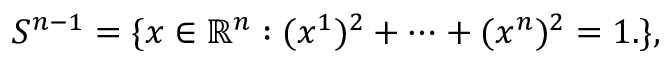
S ^ { n - 1 } = \{ x \in \mathbb { R } ^ { n } : ( x ^ { 1 } ) ^ { 2 } + \cdots + ( x ^ { n } ) ^ { 2 } = 1 . \} ,